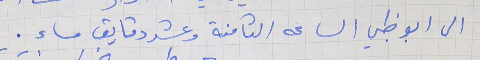
الى ابو ظبي الساعه الثامنة وعشر دقايق مساء .